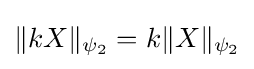
{\textstyle \|kX\|_{\psi _{2}}=k\|X\|_{\psi _{2}}}